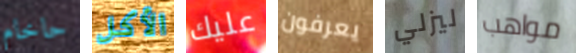
حاخام الأكل عليك يعرفون ليزلي مواهب